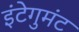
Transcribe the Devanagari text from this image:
इंटेगुमंट